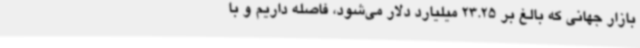
بازار جهانی که بالغ بر 23.25 میلیارد دلار می‌شود، فاصله داریم و با